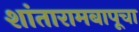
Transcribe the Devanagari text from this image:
शांतारामबापूचा